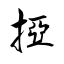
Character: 掗